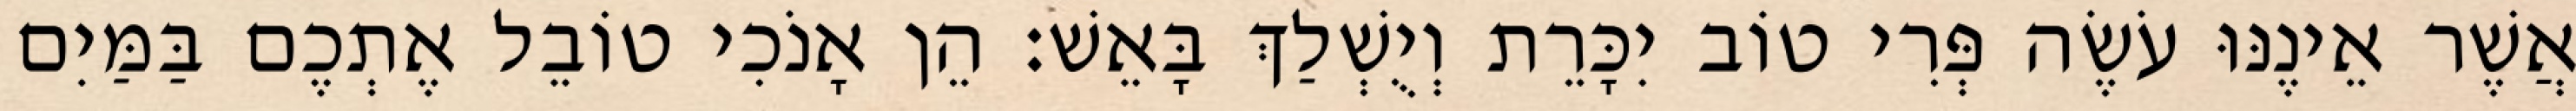
אֲשֶׁר אֵינֶנּוּ עֹשֶׂה פְּרִי טוֹב יִכָּרֵת וְיֻשְׁלַךְ בָּאֵשׁ׃ הֵן אָנֹכִי טוֹבֵל אֶתְכֶם בַּמַּיִם